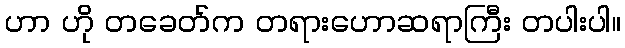
ဟာ ဟို တခေတ်က တရားဟောဆရာကြီး တပါးပါ။